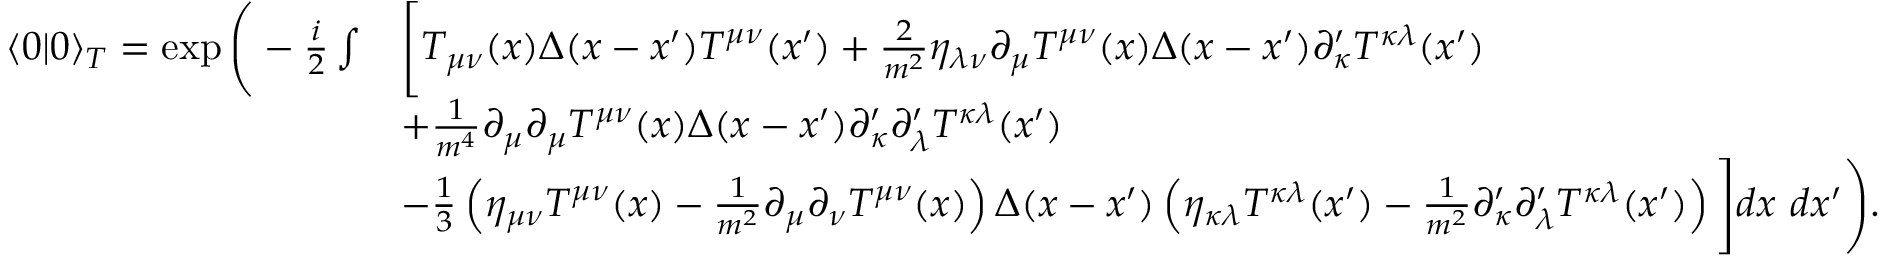
{ \begin{array} { r l } { \langle 0 | 0 \rangle _ { T } = \exp { \Bigg ( } - { \frac { i } { 2 } } \int } & { { \Bigg [ } T _ { \mu \nu } ( x ) \Delta ( x - x ^ { \prime } ) T ^ { \mu \nu } ( x ^ { \prime } ) + { \frac { 2 } { m ^ { 2 } } } \eta _ { \lambda \nu } \partial _ { \mu } T ^ { \mu \nu } ( x ) \Delta ( x - x ^ { \prime } ) \partial _ { \kappa } ^ { \prime } T ^ { \kappa \lambda } ( x ^ { \prime } ) } \\ & { + { \frac { 1 } { m ^ { 4 } } } \partial _ { \mu } \partial _ { \mu } T ^ { \mu \nu } ( x ) \Delta ( x - x ^ { \prime } ) \partial _ { \kappa } ^ { \prime } \partial _ { \lambda } ^ { \prime } T ^ { \kappa \lambda } ( x ^ { \prime } ) } \\ & { - { \frac { 1 } { 3 } } \left( \eta _ { \mu \nu } T ^ { \mu \nu } ( x ) - { \frac { 1 } { m ^ { 2 } } } \partial _ { \mu } \partial _ { \nu } T ^ { \mu \nu } ( x ) \right) \Delta ( x - x ^ { \prime } ) \left( \eta _ { \kappa \lambda } T ^ { \kappa \lambda } ( x ^ { \prime } ) - { \frac { 1 } { m ^ { 2 } } } \partial _ { \kappa } ^ { \prime } \partial _ { \lambda } ^ { \prime } T ^ { \kappa \lambda } ( x ^ { \prime } ) \right) { \Bigg ] } d x ~ d x ^ { \prime } { \Bigg ) } . } \end{array} }